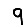
Digit: 9